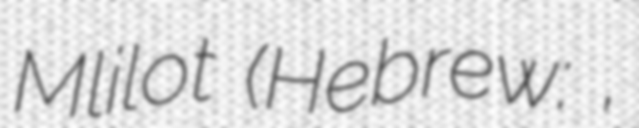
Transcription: Mlilot (Hebrew: מְלִילוֹת,